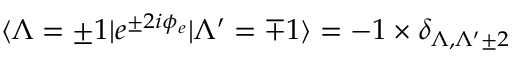
\langle \Lambda = \pm 1 | e ^ { \pm 2 i \phi _ { e } } | \Lambda ^ { \prime } = \mp 1 \rangle = - 1 \times \delta _ { \Lambda , \Lambda ^ { \prime } \pm 2 }